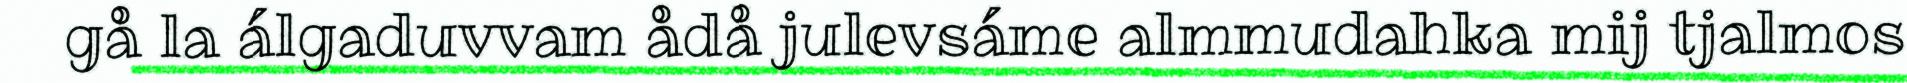
gå la álgaduvvam ådå julevsáme almmudahka mij tjalmos